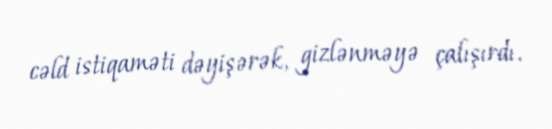
cəld istiqaməti dəyişərək, gizlənməyə çalışırdı.